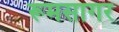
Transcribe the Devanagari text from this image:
रूमसागर